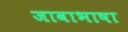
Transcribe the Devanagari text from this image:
जावाभाषा